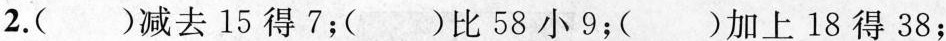
2.( )减去15得7；( )比58小9；( )加上18得38；